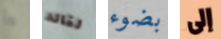
ما لقائد بضوء إلى